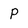
Character: P